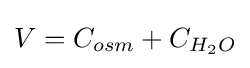
V=C_{osm}+C_{H_{2}O}